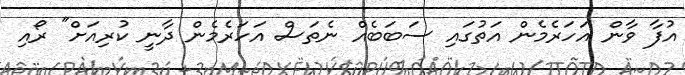
އުފާ ވާން އަހަރެމެން އަތުގައި ސަބަބެއް ނެތަސް އަހަރެމެން ދާނީ ކުރިއަށް" ރޯއި